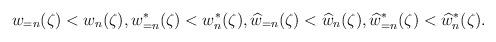
LaTeX: \begin{align*} w_{=n}(\zeta)<w_{n}(\zeta), w_{=n}^{\ast}(\zeta)<w_{n}^{\ast}(\zeta), \widehat{w}_{=n}(\zeta)<\widehat{w}_{n}(\zeta), \widehat{w}_{=n}^{\ast}(\zeta)<\widehat{w}_{n}^{\ast}(\zeta).\end{align*}